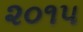
૨૦૧૫